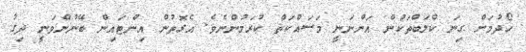
ހޯދުމަށް ގިނަ ކްލަބްތަކުން އަންނަނީ މަސައްކަތް ކުރަމުންނެވެ. އެގޮތުން އިންޓައިން ބޭނުންވަނީ ދިގު